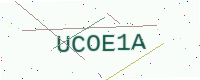
Text: UCOE1A